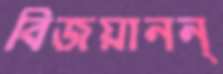
বিজয়ানন্